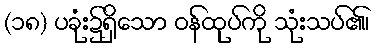
(၁၈) ပခုံး၌ရှိသော ဝန်ထုပ်ကို သုံးသပ်၏၊